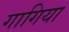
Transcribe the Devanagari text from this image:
गागिया